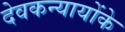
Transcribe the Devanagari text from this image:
देवकन्यायोंके